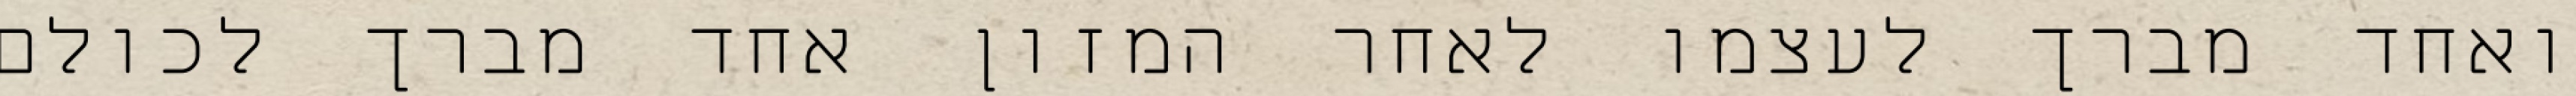
ואחד מברך לעצמו לאחר המזון אחד מברך לכולם